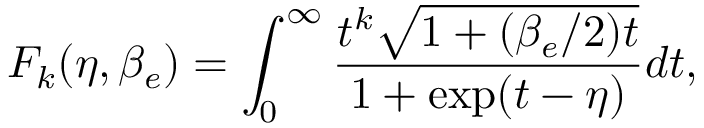
F _ { k } ( \eta , \beta _ { e } ) = \int _ { 0 } ^ { \infty } \frac { t ^ { k } \sqrt { 1 + ( \beta _ { e } / 2 ) t } } { 1 + \exp ( { t - \eta } ) } d t ,